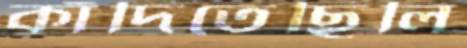
কাঁদিতেছিলি